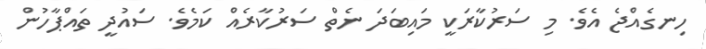
ހިނގެއްޖެ އެވެ. މި ސަރުކާރަކީ މައިބަދަ ނެތް ސަރުކާރެއް ކަމެވެ. ސައުދީ ތައްޕާހުން